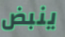
ينبض